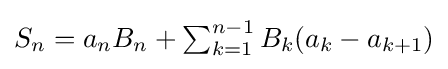
{\textstyle S_{n}=a_{n}B_{n}+\sum _{k=1}^{n-1}B_{k}(a_{k}-a_{k+1})}